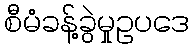
စီမံခန့်ခွဲမှုဥပဒေ